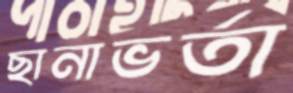
ছানাভর্তা